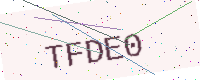
Text: TFDE0